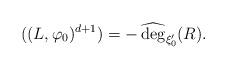
LaTeX: \begin{align*}((L,\varphi_0)^{d+1})=-\operatorname{\widehat{\deg}}_{\xi_0'}(R).\end{align*}